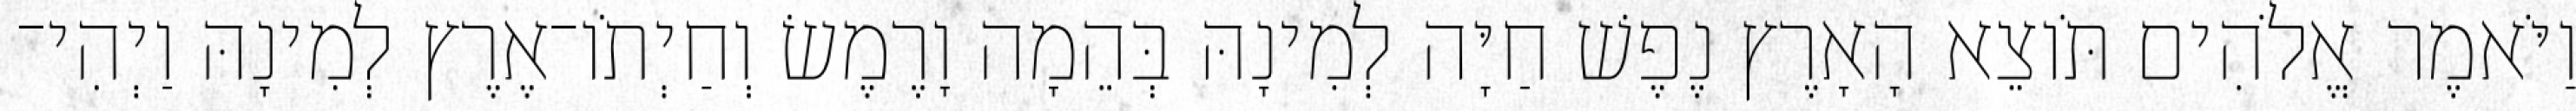
וַיֹּאמֶר אֱלֹהִים תֹּוצֵא הָאָרֶץ נֶפֶשׁ חַיָּה לְמִינָהּ בְּהֵמָה וָרֶמֶשׂ וְחַיְתֹו־אֶרֶץ לְמִינָהּ וַיְהִי־